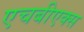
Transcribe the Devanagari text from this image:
एचबीएक्स